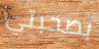
بصحبتي